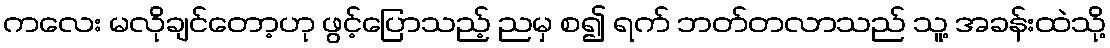
ကလေး မလိုချင်တော့ဟု ဖွင့်ပြောသည့် ညမှ စ၍ ရက် ဘတ်တလာသည် သူ့ အခန်းထဲသို့